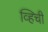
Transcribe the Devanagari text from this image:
व्हिची